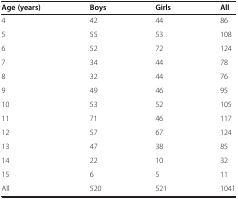
| Age (years) | Boys | Girls | All |
 | --- | --- | --- | --- |
 | 4 | 42 | 44 | 86 |
 | 5 | 55 | 53 | 108 |
 | 6 | 52 | 72 | 124 |
 | 7 | 34 | 44 | 78 |
 | 8 | 32 | 44 | 76 |
 | 9 | 49 | 46 | 95 |
 | 10 | 53 | 52 | 105 |
 | 11 | 71 | 46 | 117 |
 | 12 | 57 | 67 | 124 |
 | 13 | 47 | 38 | 85 |
 | 14 | 22 | 10 | 32 |
 | 15 | 6 | 5 | 11 |
 | All | 520 | 521 | 1041 |